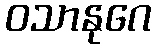
ဝသာနုဂေ